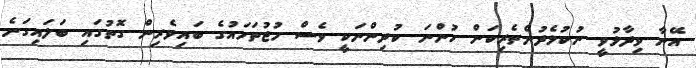
އޭނާ ވިދާޅުވީ ނުކުޅެދުންތެރިކަން ހުންނަ ކުދިންނަކީ ވެސް މުޖުތަމައުގެ ބައިވެރިން ގޮތުގައި ބަލައިގަނެ